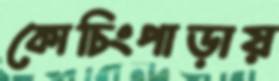
কোচিংপাড়ায়